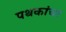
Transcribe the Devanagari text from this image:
पथकांचा